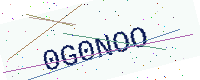
Text: 0G0NOO